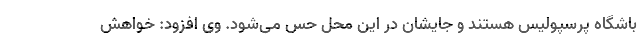
باشگاه پرسپولیس هستند و جایشان در این محل حس می‌شود. وی افزود: خواهش